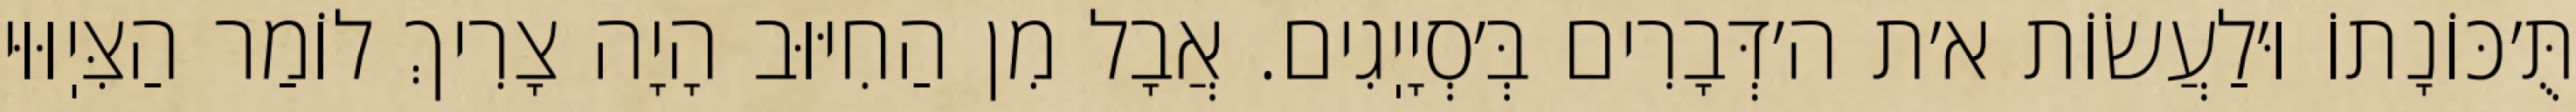
תֻּ׳כּוֹנָתוֹ וּ׳לַעֲשׂוֹת א׳ת ה׳דְּבָרִים בְּ׳סְיָיֽגִים. אֲבָל מִן הַחִיּוּב הָיָה צָרִיךְ לוֹמַר הַצִּיֽוּוּי